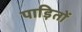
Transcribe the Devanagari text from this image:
पाड़ितों